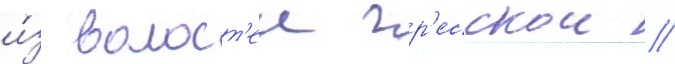
и́з волост'еи гр'есскои /